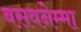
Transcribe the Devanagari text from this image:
बसवनेम्मा